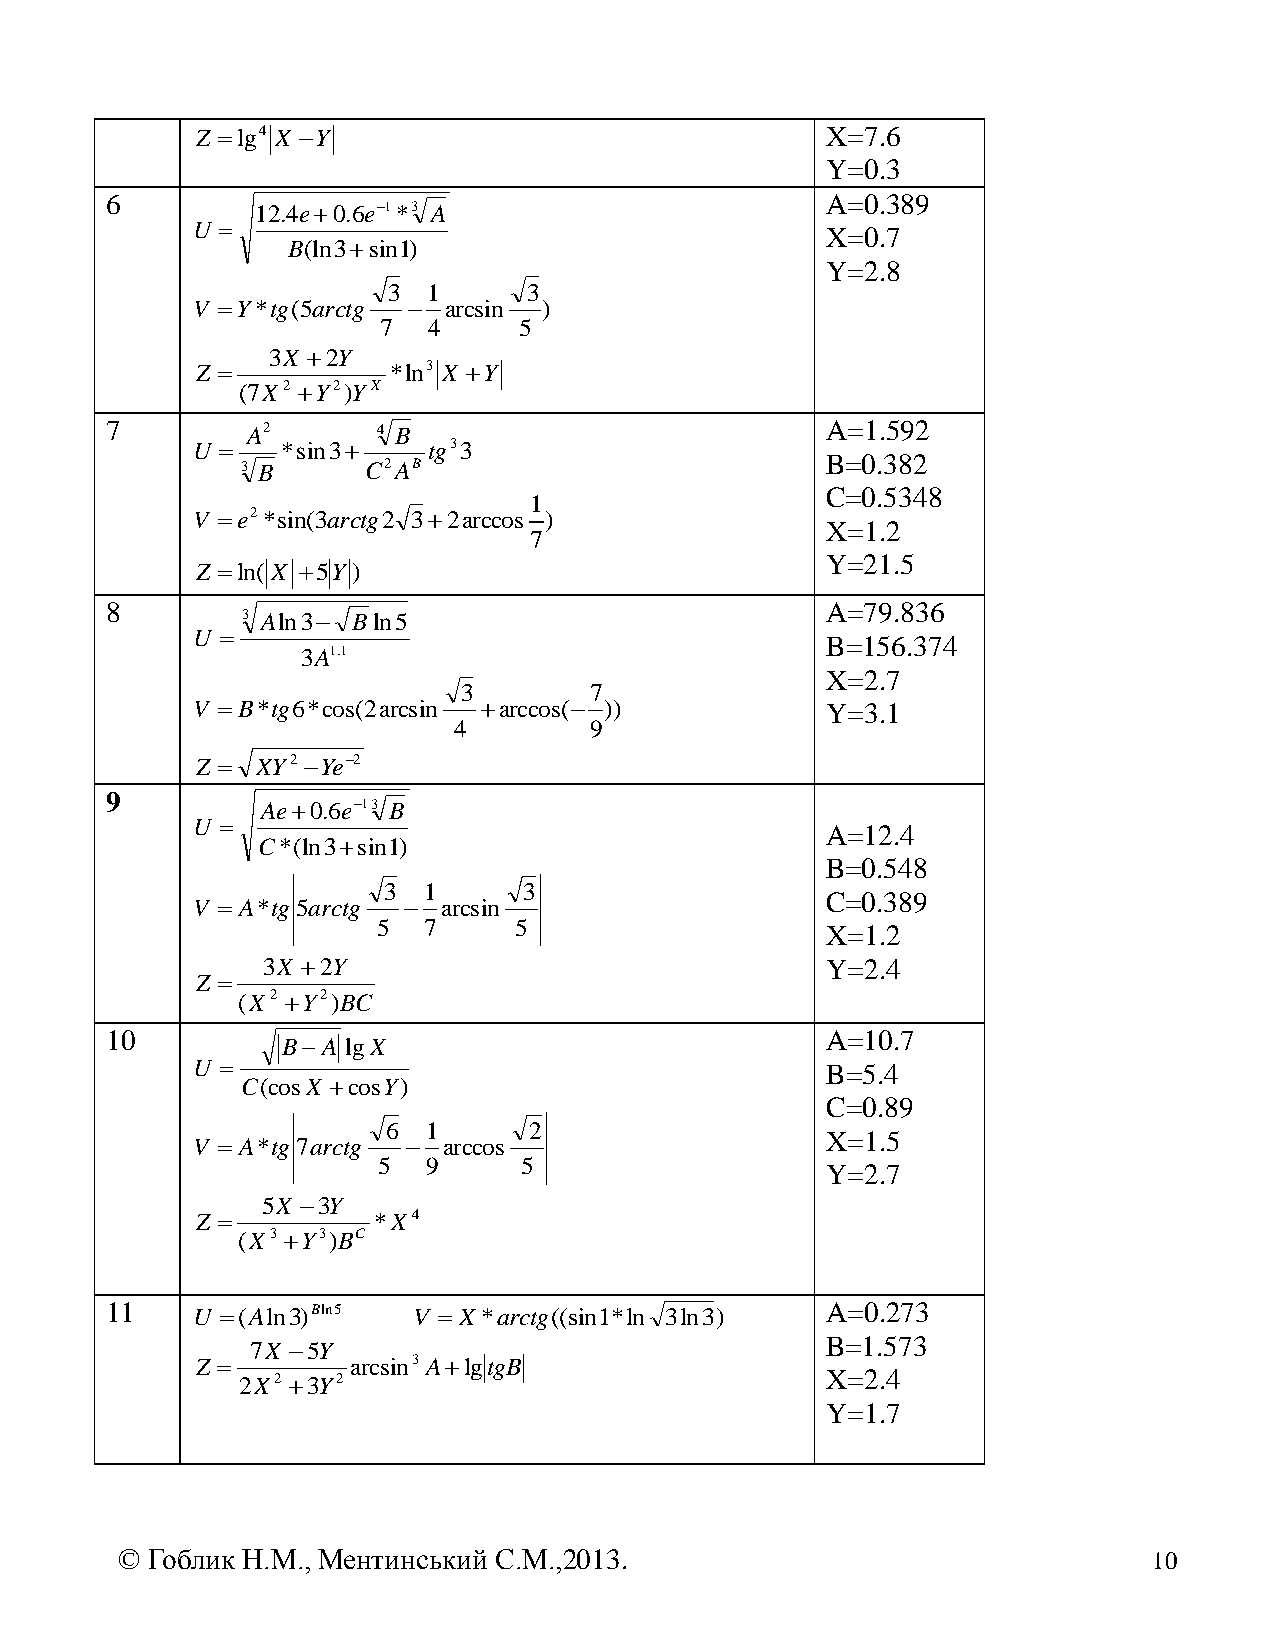
Z lg4 X Y                               X=7.6
 Y=0.3
 6                                               A=0.389
 12.4e0.6e1*3 A
 U 
 X=0.7
 B(ln3sin1)
 Y=2.8
 3 1      3
 V Y*tg(5arctg  arcsin )
 7  4     5
 3X 2Y
 Z           *ln3 X Y
 (7X2 Y2)YX
 7        A2       4 B                           A=1.592
 U    *sin3   tg33
 3 B     C2AB                           B=0.382
 C=0.5348
 1
 V e2*sin(3arctg2 32arccos )
 X=1.2
 7
 Z ln( X 5Y )
 Y=21.5
 8                                               A=79.836
 3 Aln3 Bln5
 U 
 B=156.374
 3A1.1
 X=2.7
 3       7
 V  B*tg6*cos(2arcsin arccos( ))        Y=3.1
 4        9
 Z  XY2 Ye2
 9
 Ae0.6e13 B
 U 
 A=12.4
 C*(ln3sin1)
 B=0.548
 3  1      3
 V  A*tg5arctg  arcsin
 C=0.389
 5  7     5
 X=1.2
 3X 2Y                                Y=2.4
 Z 
 (X2 Y2)BC
 10                                              A=10.7
 BA lgX
 U                                        B=5.4
 C(cosX cosY)
 C=0.89
 6 1      2
 V  A*tg7arctg  arccos
 X=1.5
 5  9     5
 Y=2.7
 5X 3Y
 Z          *X4
 (X3 Y3)BC
 11    U (Aln3)Bln5 V  X*arctg((sin1*ln 3ln3)  A=0.273
 B=1.573
 7X 5Y
 Z        arcsin3 AlgtgB
 2X2 3Y2                               X=2.4
 Y=1.7
 © Гоблик Н.М., Ментинський С.М.,2013.                               10